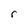
Character: r